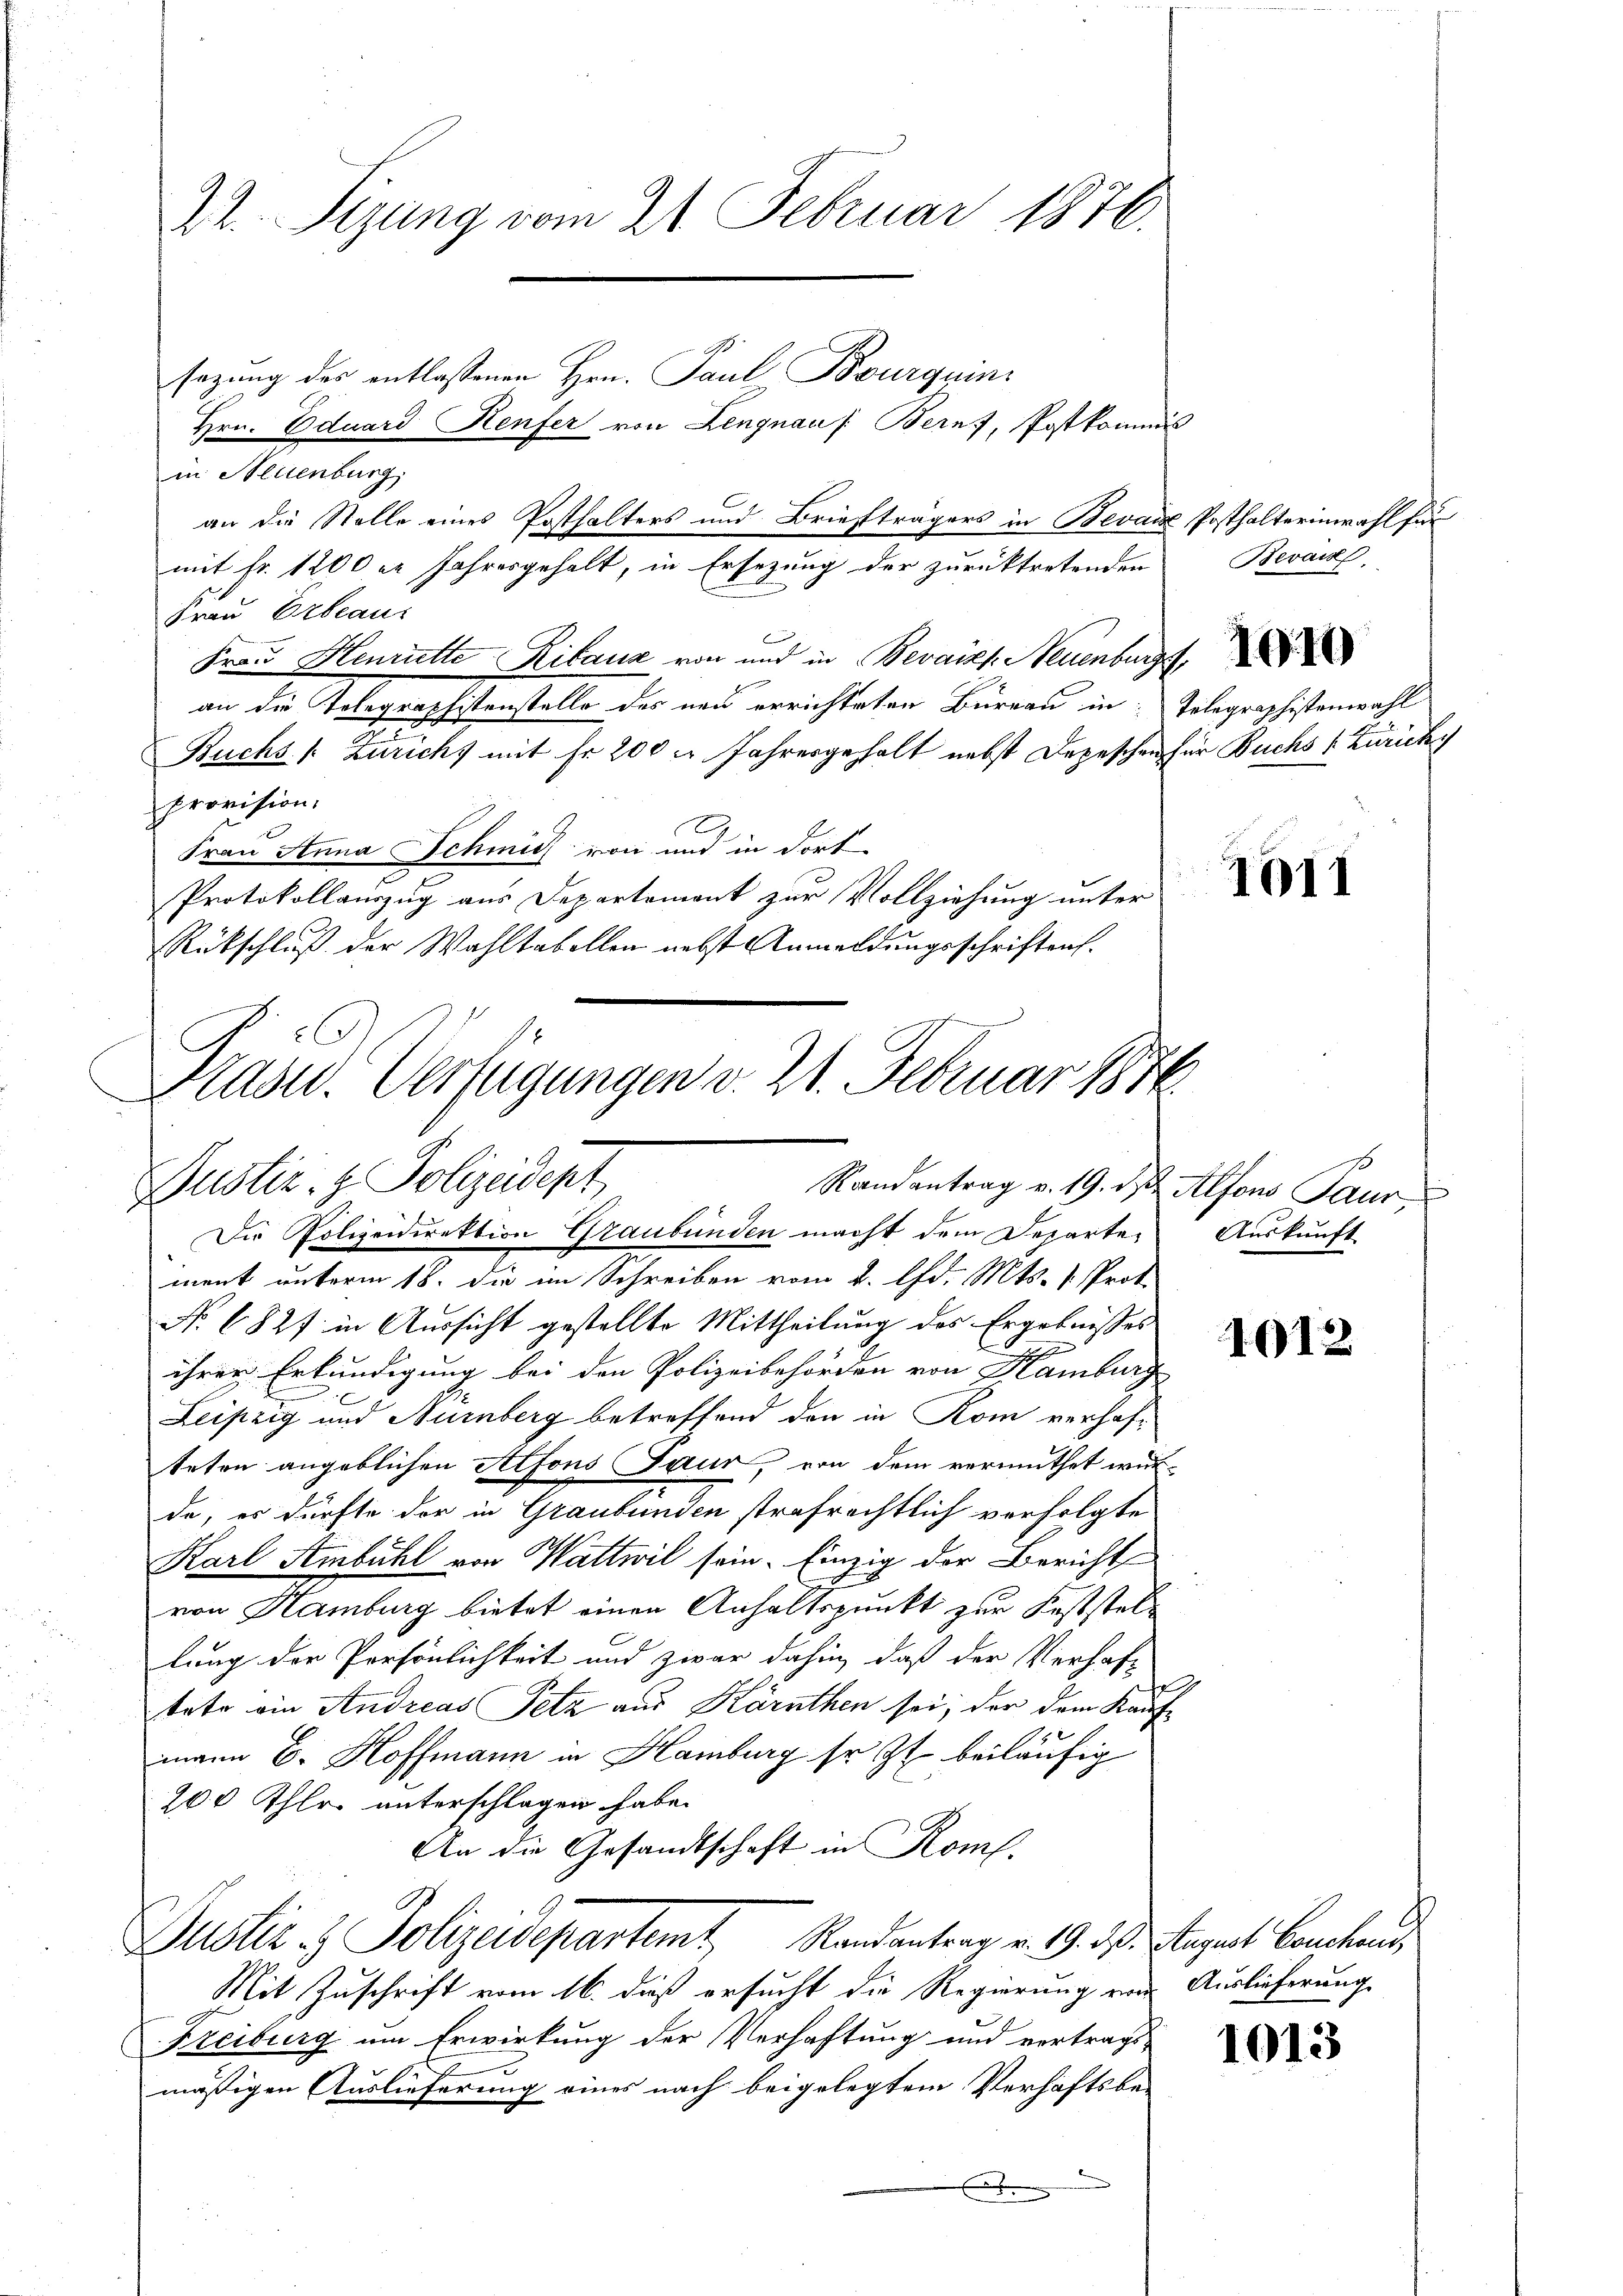
22. Sizung vom 21. Februar 1876.

sezung des entlassenen Hrn. Paul Bourquini
Hrn. Eduard Kenfer von Lengnauf Bernf, Postkommis
in Neuenburg
mit Fr. 1200 er Jahresgehalt, in Ersezung der zurücktretenden
Frau Erbeaus
Frau Henritte Kilauz von und in Bevaikf Neuenburg,
an die Tolegraphistenstelle des neu errichteten Büreau in Te
Buchs /: Zuricht mit Fr. 200 l. Jahresgehalt nebst Depeschen her
provision.
Frau Anna Schmid von und in dort
Protokollauszug aus Departement zur Vollziehung unter
Rückschluß der Wahltabellen nebst Anmeldungsschriften.

an die Stelle eines Posthalters und Briefträgers in Bevaie Posthalterinwahl für

.
Prasw. Verfügungen v. 21. Februar 1874.
Dustiz- & Polizeidept
Kandientrag an Wiederlichen Pun
Die Polizeidirektion Graubünden macht dem Departe¬

ment unterm 18. die im Schreiben vom 2. d. Mts. v. Prot.
No 6827 in Aussicht gestellte Mittheilung des Ergebnisses
ihrer Erkundigung bei den Polizeibehörden von Hamburg
f
Leipzig und Nürnberg betreffend den in Rom verhafteten angeblichen Alfons Saur, von dem vermuthet wur-
de, es dürfte der in Graubünden strafrechtlich verfolgte
Karl Ambühl von Wattwil sein. Einzig der Bericht
von Hamburg bietet einen Anhaltspunkt zur Koststellung der Persönlichkeit und zwar dahin, daß der Verhaf-
tete ein Andreas Petz aus Kärnthen sei; der dem Kauf-
mann E. Hoffmann in Hamburg so zu beiläufig
200 Ihle unterschlagen habe.
An die Gesandtschaft in Rom.
Justiz & Polizeidepartemt Randantrag v. 19. ds. August Conchend,
Mit Zuschrift vom 16. daß ersucht die Regierung von Auslieferung
Freiburg um Erwirkung der Verhaftung und vertrags-
mäßigen Auslieferung eines nach beigelegtem Verhaftsbe-
E

Bevaisl.

legraphistenwahl
 Buchs 1 Zürichy

1910

1611

Auskunft

1015

1013